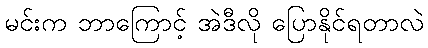
မင်းက ဘာကြောင့် အဲဒီလို ပြောနိုင်ရတာလဲ